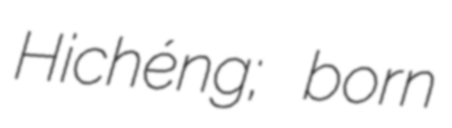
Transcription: Hǎichéng; born